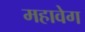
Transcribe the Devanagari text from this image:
महावेग